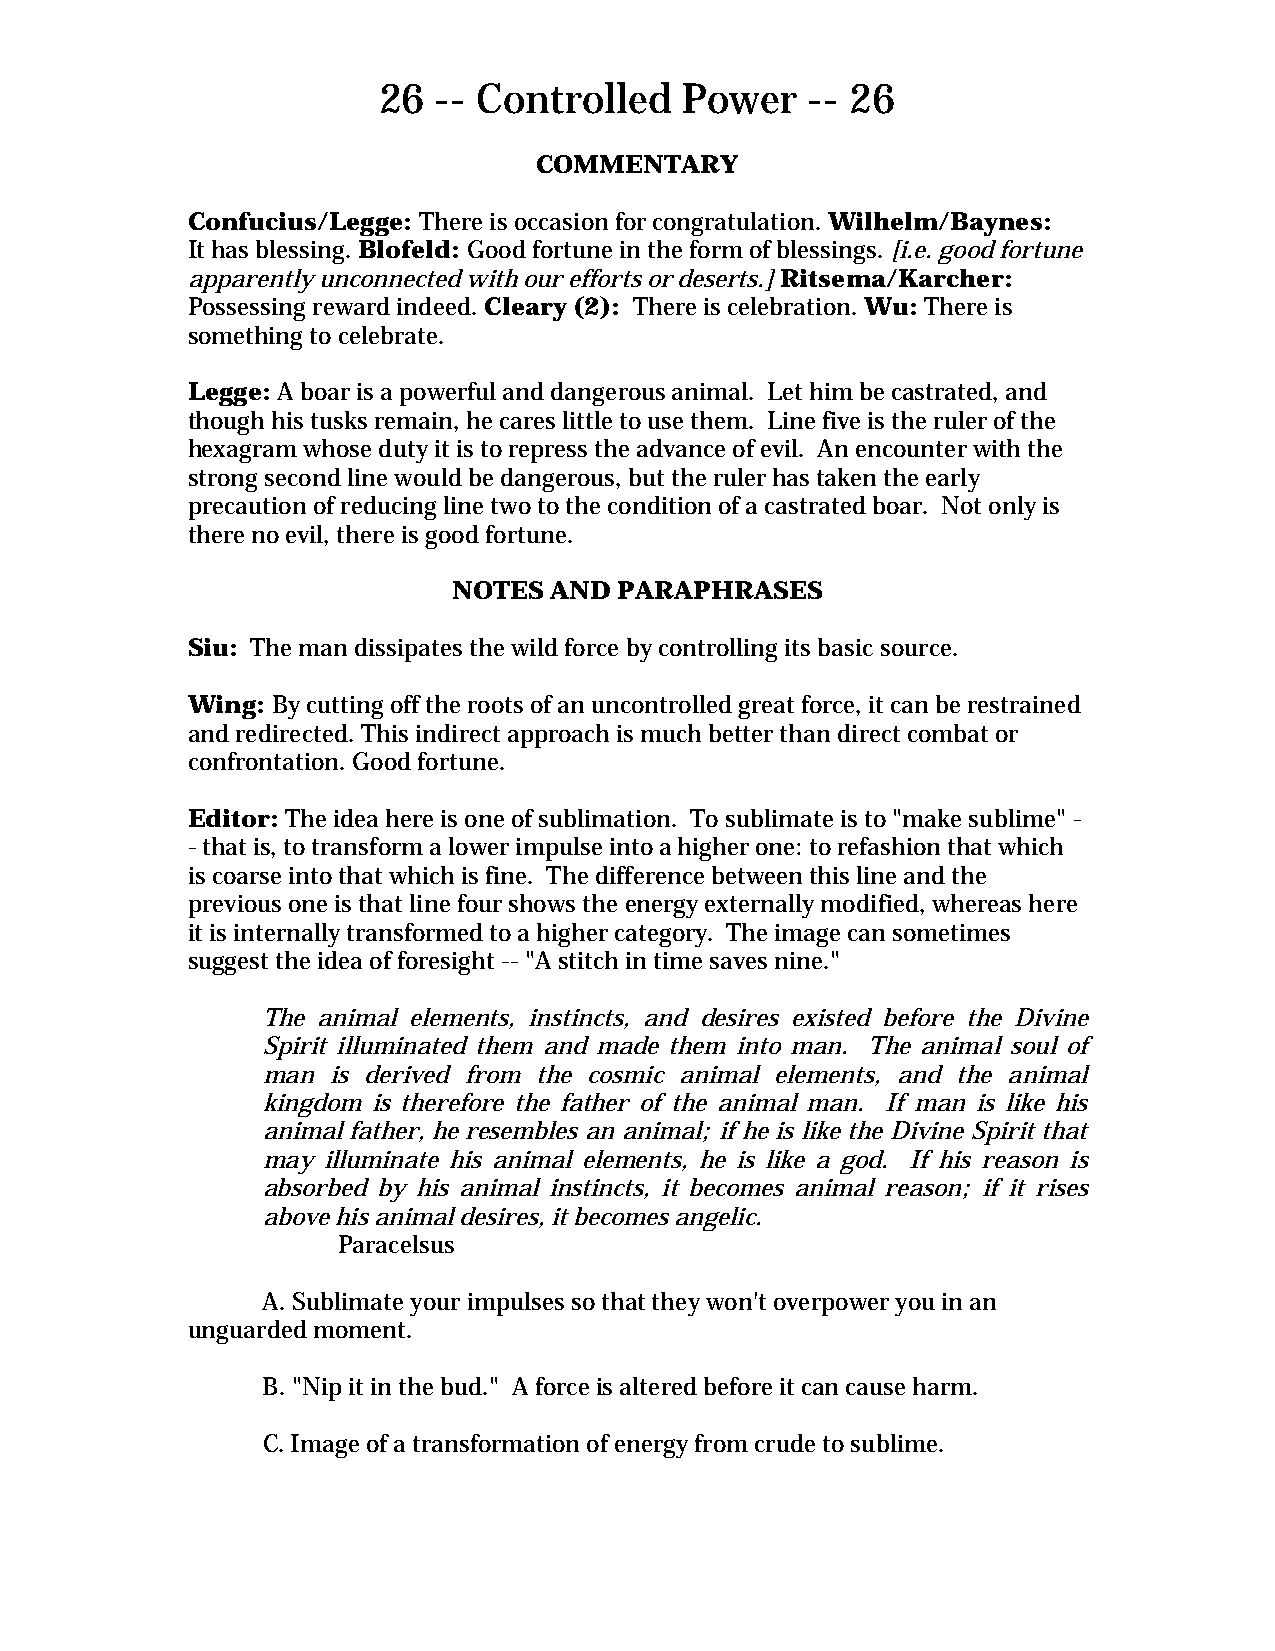
26  -- Controlled   Power    -- 26
 COMMENTARY
 Confucius/Legge: There is occasion for congratulation. Wilhelm/Baynes:
 It has blessing. Blofeld: Good fortune in the form of blessings. [i.e. good fortune
 apparently unconnected with our efforts or deserts.] Ritsema/Karcher:
 Possessing reward indeed. Cleary (2): There is celebration. Wu: There is
 something to celebrate.
 Legge: A boar is a powerful and dangerous animal. Let him be castrated, and
 though his tusks remain, he cares little to use them. Line five is the ruler of the
 hexagram whose duty it is to repress the advance of evil. An encounter with the
 strong second line would be dangerous, but the ruler has taken the early
 precaution of reducing line two to the condition of a castrated boar. Not only is
 there no evil, there is good fortune.
 NOTES AND  PARAPHRASES
 Siu: The man dissipates the wild force by controlling its basic source.
 Wing: By cutting off the roots of an uncontrolled great force, it can be restrained
 and redirected. This indirect approach is much better than direct combat or
 confrontation. Good fortune.
 Editor: The idea here is one of sublimation. To sublimate is to "make sublime" -
 - that is, to transform a lower impulse into a higher one: to refashion that which
 is coarse into that which is fine. The difference between this line and the
 previous one is that line four shows the energy externally modified, whereas here
 it is internally transformed to a higher category. The image can sometimes
 suggest the idea of foresight -- "A stitch in time saves nine."
 The animal elements, instincts, and desires existed before the Divine
 Spirit illuminated them and made them into man. The animal soul of
 man  is derived from the cosmic animal elements, and the animal
 kingdom is therefore the father of the animal man. If man is like his
 animal father, he resembles an animal; if he is like the Divine Spirit that
 may illuminate his animal elements, he is like a god. If his reason is
 absorbed by his animal instincts, it becomes animal reason; if it rises
 above his animal desires, it becomes angelic.
 Paracelsus
 A. Sublimate your impulses so that they won't overpower you in an
 unguarded moment.
 B. "Nip it in the bud." A force is altered before it can cause harm.
 C. Image of a transformation of energy from crude to sublime.